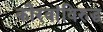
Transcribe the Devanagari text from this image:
कौरवांविरुद्ध